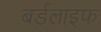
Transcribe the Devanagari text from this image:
बर्डलाइफ